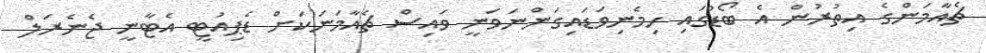
ޗެއާމަންގެ އިތުރުން އެ ބޯޑުގައި ހިމެނިވަޑައިގަންނަވަނީ ވައިސް ޗެއާމަނަކަށް ޑެޕިއުޓީ އެޓާނީ ޖެނެރަލް